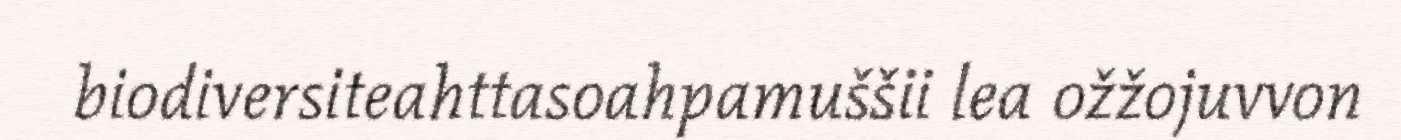
biodiversiteahttasoahpamuššii lea ožžojuvvon